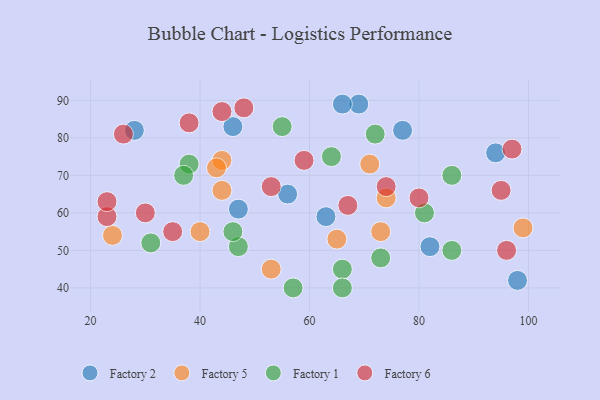
{"axis": {"x": "GDP", "y": "Life Expectancy"}, "legend": ["Factory 1", "Factory 2", "Factory 5", "Factory 6"], "data": [{"x": "47", "y": 61, "type": "Factory 2"}, {"x": "46", "y": 83, "type": "Factory 2"}, {"x": "56", "y": 65, "type": "Factory 2"}, {"x": "77", "y": 82, "type": "Factory 2"}, {"x": "94", "y": 76, "type": "Factory 2"}, {"x": "82", "y": 51, "type": "Factory 2"}, {"x": "69", "y": 89, "type": "Factory 2"}, {"x": "28", "y": 82, "type": "Factory 2"}, {"x": "98", "y": 42, "type": "Factory 2"}, {"x": "66", "y": 89, "type": "Factory 2"}, {"x": "63", "y": 59, "type": "Factory 2"}, {"x": "24", "y": 54, "type": "Factory 5"}, {"x": "99", "y": 56, "type": "Factory 5"}, {"x": "74", "y": 64, "type": "Factory 5"}, {"x": "44", "y": 66, "type": "Factory 5"}, {"x": "44", "y": 74, "type": "Factory 5"}, {"x": "71", "y": 73, "type": "Factory 5"}, {"x": "43", "y": 72, "type": "Factory 5"}, {"x": "73", "y": 55, "type": "Factory 5"}, {"x": "40", "y": 55, "type": "Factory 5"}, {"x": "53", "y": 45, "type": "Factory 5"}, {"x": "65", "y": 53, "type": "Factory 5"}, {"x": "38", "y": 73, "type": "Factory 1"}, {"x": "57", "y": 40, "type": "Factory 1"}, {"x": "73", "y": 48, "type": "Factory 1"}, {"x": "66", "y": 45, "type": "Factory 1"}, {"x": "47", "y": 51, "type": "Factory 1"}, {"x": "86", "y": 50, "type": "Factory 1"}, {"x": "55", "y": 83, "type": "Factory 1"}, {"x": "72", "y": 81, "type": "Factory 1"}, {"x": "86", "y": 70, "type": "Factory 1"}, {"x": "31", "y": 52, "type": "Factory 1"}, {"x": "81", "y": 60, "type": "Factory 1"}, {"x": "37", "y": 70, "type": "Factory 1"}, {"x": "64", "y": 75, "type": "Factory 1"}, {"x": "66", "y": 40, "type": "Factory 1"}, {"x": "46", "y": 55, "type": "Factory 1"}, {"x": "80", "y": 64, "type": "Factory 6"}, {"x": "67", "y": 62, "type": "Factory 6"}, {"x": "96", "y": 50, "type": "Factory 6"}, {"x": "44", "y": 87, "type": "Factory 6"}, {"x": "38", "y": 84, "type": "Factory 6"}, {"x": "35", "y": 55, "type": "Factory 6"}, {"x": "74", "y": 67, "type": "Factory 6"}, {"x": "97", "y": 77, "type": "Factory 6"}, {"x": "23", "y": 59, "type": "Factory 6"}, {"x": "30", "y": 60, "type": "Factory 6"}, {"x": "23", "y": 63, "type": "Factory 6"}, {"x": "95", "y": 66, "type": "Factory 6"}, {"x": "59", "y": 74, "type": "Factory 6"}, {"x": "48", "y": 88, "type": "Factory 6"}, {"x": "53", "y": 67, "type": "Factory 6"}, {"x": "26", "y": 81, "type": "Factory 6"}]}